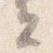
云